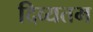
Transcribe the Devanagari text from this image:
दिव्यतम